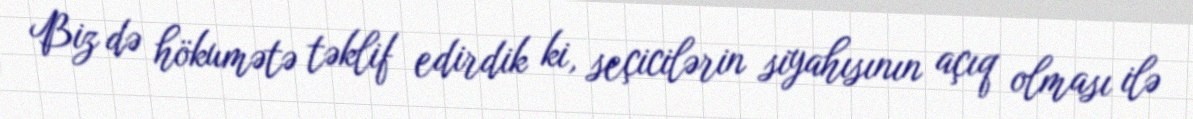
Biz də hökumətə təklif edirdik ki, seçicilərin siyahısının açıq olması ilə